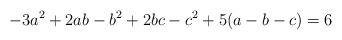
LaTeX: \begin{align*}-3a^{2}+2ab-b^{2}+2bc-c^{2}+5(a-b-c)=6\end{align*}